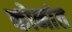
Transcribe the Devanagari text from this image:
कोनांत